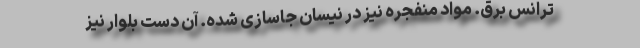
ترانس برق. مواد منفجره نیز در نیسان جاسازی شده. آن دستِ بلوار نیز